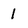
Character: 1